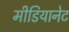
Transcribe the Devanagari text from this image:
मीडियानेट